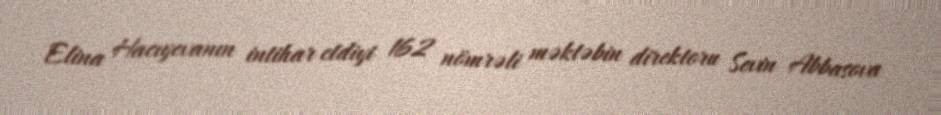
Elina Hacıyevanın intihar etdiyi 162 nömrəli məktəbin direktoru Sevin Abbasova